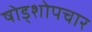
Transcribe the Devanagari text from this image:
षोड्शोपचार